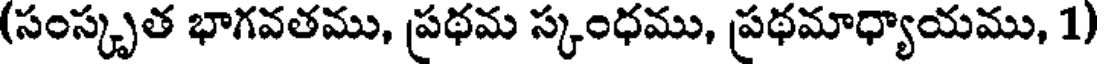
(సంస్కృత భాగవతము, ప్రథమ స్కంధము, ప్రథమాధ్యాయము, 1)